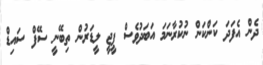
ދެން އެފަދަ ކަންކަން ނުކުރާނަމަ އަބަދުވެސް ޕީޖީ ލީޑަރުން ތިބޭނީ ސޭފް ސައިޑް